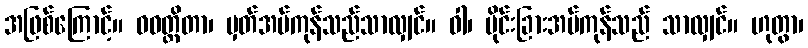
အဖြစ်ကြောင့်။ ဝဝတ္ထိတာ၊ မှတ်အပ်ကုန်သည်သာလျှင်။ ဝါ၊ ပိုင်းခြားအပ်ကုန်သည် သာလျှင်။ ဟုတွာ၊